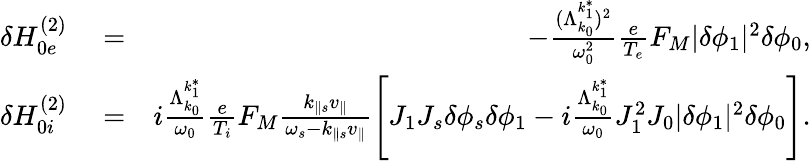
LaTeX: \begin{array}{rlr}{\delta H_{0e}^{(2)}}&{{}=}&{-\frac{(\Lambda_{k_{0}}^{k_{1}^{*}})^{2}}{\omega_{0}^{2}}\frac{e}{T_{e}}F_{M}\lvert\delta\phi_{1}\rvert^{2}\delta\phi_{0},}\\ {\delta H_{0i}^{(2)}}&{{}=}&{i\frac{\Lambda_{k_{0}}^{k_{1}^{*}}}{\omega_{0}}\frac{e}{T_{i}}F_{M}\frac{k_{\parallel s}v_{\parallel}}{\omega_{s}-k_{\parallel s}v_{\parallel}}\left[J_{1}J_{s}\delta\phi_{s}\delta\phi_{1}-i\frac{\Lambda_{k_{0}}^{k_{1}^{*}}}{\omega_{0}}J_{1}^{2}J_{0}\lvert\delta\phi_{1}\rvert^{2}\delta\phi_{0}\right].}\end{array}